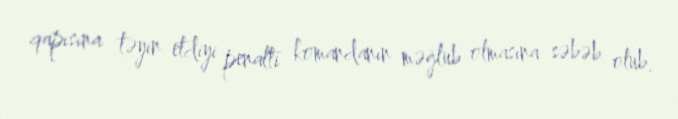
qapısına təyin etdiyi penalti komandanın məğlub olmasına səbəb olub.